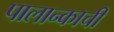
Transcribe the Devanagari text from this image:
पालान्काची